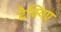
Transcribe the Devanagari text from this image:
देक्यिए